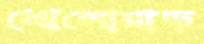
খোলোয়াড়